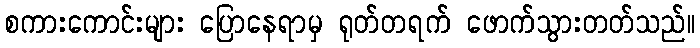
စကားကောင်းများ ပြောနေရာမှ ရုတ်တရက် ဖောက်သွားတတ်သည်။